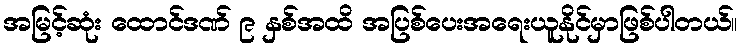
အမြင့်ဆုံး ထောင်ဒဏ် ၉ နှစ်အထိ အပြစ်ပေးအရေးယူနိုင်မှာဖြစ်ပါတယ်။